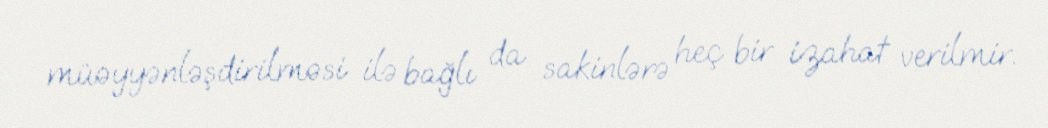
müəyyənləşdirilməsi ilə bağlı da sakinlərə heç bir izahat verilmir.